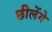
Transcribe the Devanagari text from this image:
छीलेंगे